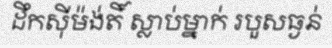
ដឹកស៊ីម៉ង់តិ៍ ស្លាប់ម្នាក់ របួសធ្ងន់